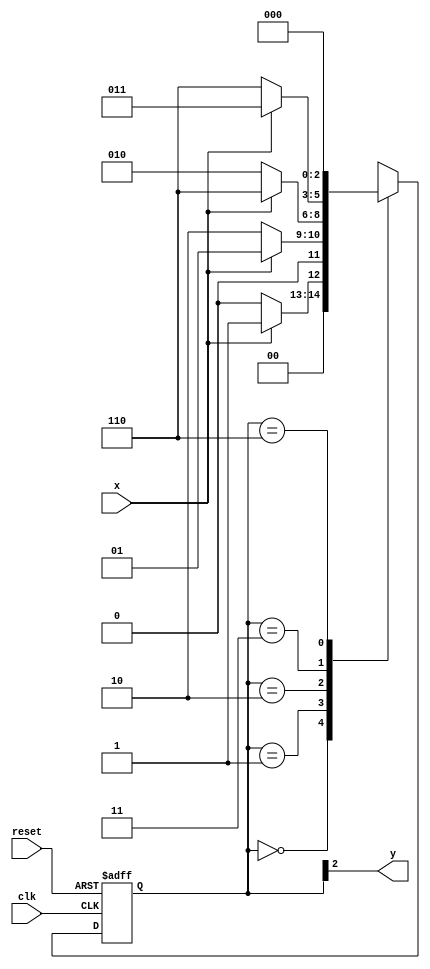
// -------------------------
// Exemplo0053 - Moore FSM
// Nome: Djonatas Tulio Rodrigues Costa
// -------------------------

// constant definitions
`define found 1
`define notfound 0

// FSM by Moore
module moore1010 ( y, x, clk, reset );
	output y;
	input x;
	input clk;
	input reset;
	reg y;
	
	parameter // state identifiers
		start = 3'b000,
		id1 = 3'b001,
		id110 = 3'b010,
		id11 = 3'b011,
		id1010 = 3'b110; // signal found
	
	reg [2:0] E1; // current state variables
	reg [2:0] E2; // next state logic output
	
	// next state logic
	always @( x or E1 )
	begin
		case( E1 )
		start:
			if ( x )
				E2 = id1;
			else
				E2 = start;
		id1:
			if ( x )
				E2 = id1;
			else
				E2 = id110;
		id110:
			if ( x )
				E2 = id1010;
			else
				E2 = id110;
		id11:
			if ( x )
				E2 = id11;
			else
				E2 = id1010;
		id1010:
			if ( x )
				E2 = start;
			else
				E2 = start;
		default: // undefined statee
				E2 = 3'bxxx;
		endcase
	end // always at signal or state changing
	
	// state variables
	always @( posedge clk or negedge reset )
	begin
		if ( reset )
			E1 = E2; // updates current state
		else
			E1 = 0; // reset
	end // always at signal changing
	// output logic
	
	always @( E1 )
	begin
		y = E1[2]; // first bit of state value (MOORE indicator)
	end // always at state changing

endmodule // moore1010

module Exemplo0053;

reg clk, reset, x;
wire m1;

	moore1010 moore1 ( m1, x, clk, reset );
		
	initial
		begin
			$display ( "Time    X  Moore" );
			// initial values	
			clk = 1;
			reset = 0;
			x = 1;
		
			// input signal changing
			#5 reset = 1;
			#10 x = 0;
			#10 x = 1;
			#10 x = 0;
			#20 x = 0;
			#10 x = 1;
			#10 x = 0;
			#10 x = 1;
			#10 x = 0;
			#30 $finish;
		end // initial

	always
	
	#5 clk = ~clk;
	
	always @( posedge clk )
	
	begin
		$display ( "%4d %4b %4b", $time, x, m1 );
	end // always at positive edge clocking changing
	
endmodule // Exemplo0053